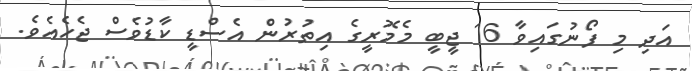
އަދި މި ފޯނުގައިވާ 16 ޖީބީ މެމޮރީގެ އިތުރުން އެސްޑީ ކާޑުވެސް ޖެހެއެވެ.